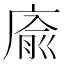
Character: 㢏